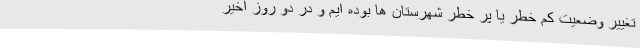
تغییر وضعیت کم خطر یا پر خطر شهرستان ها بوده ایم و در دو روز اخیر